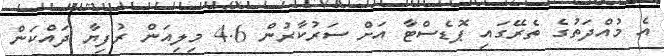
އެ މުއްދަތުގެ ތެރޭގައި ޕޮޑެސްޓާ އަށް ސަރުކާރުން 4.6 މިލިއަން ރުފިޔާ ދައްކަން